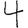
Digit: 4